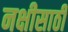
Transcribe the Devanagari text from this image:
नक्षीसाठी